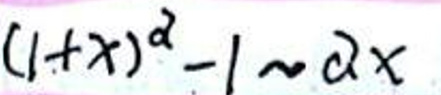
$( 1 + x ) ^ { 2 } - 1 \approx 2 x$